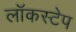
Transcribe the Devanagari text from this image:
लॉकस्टेप